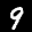
Label: 9